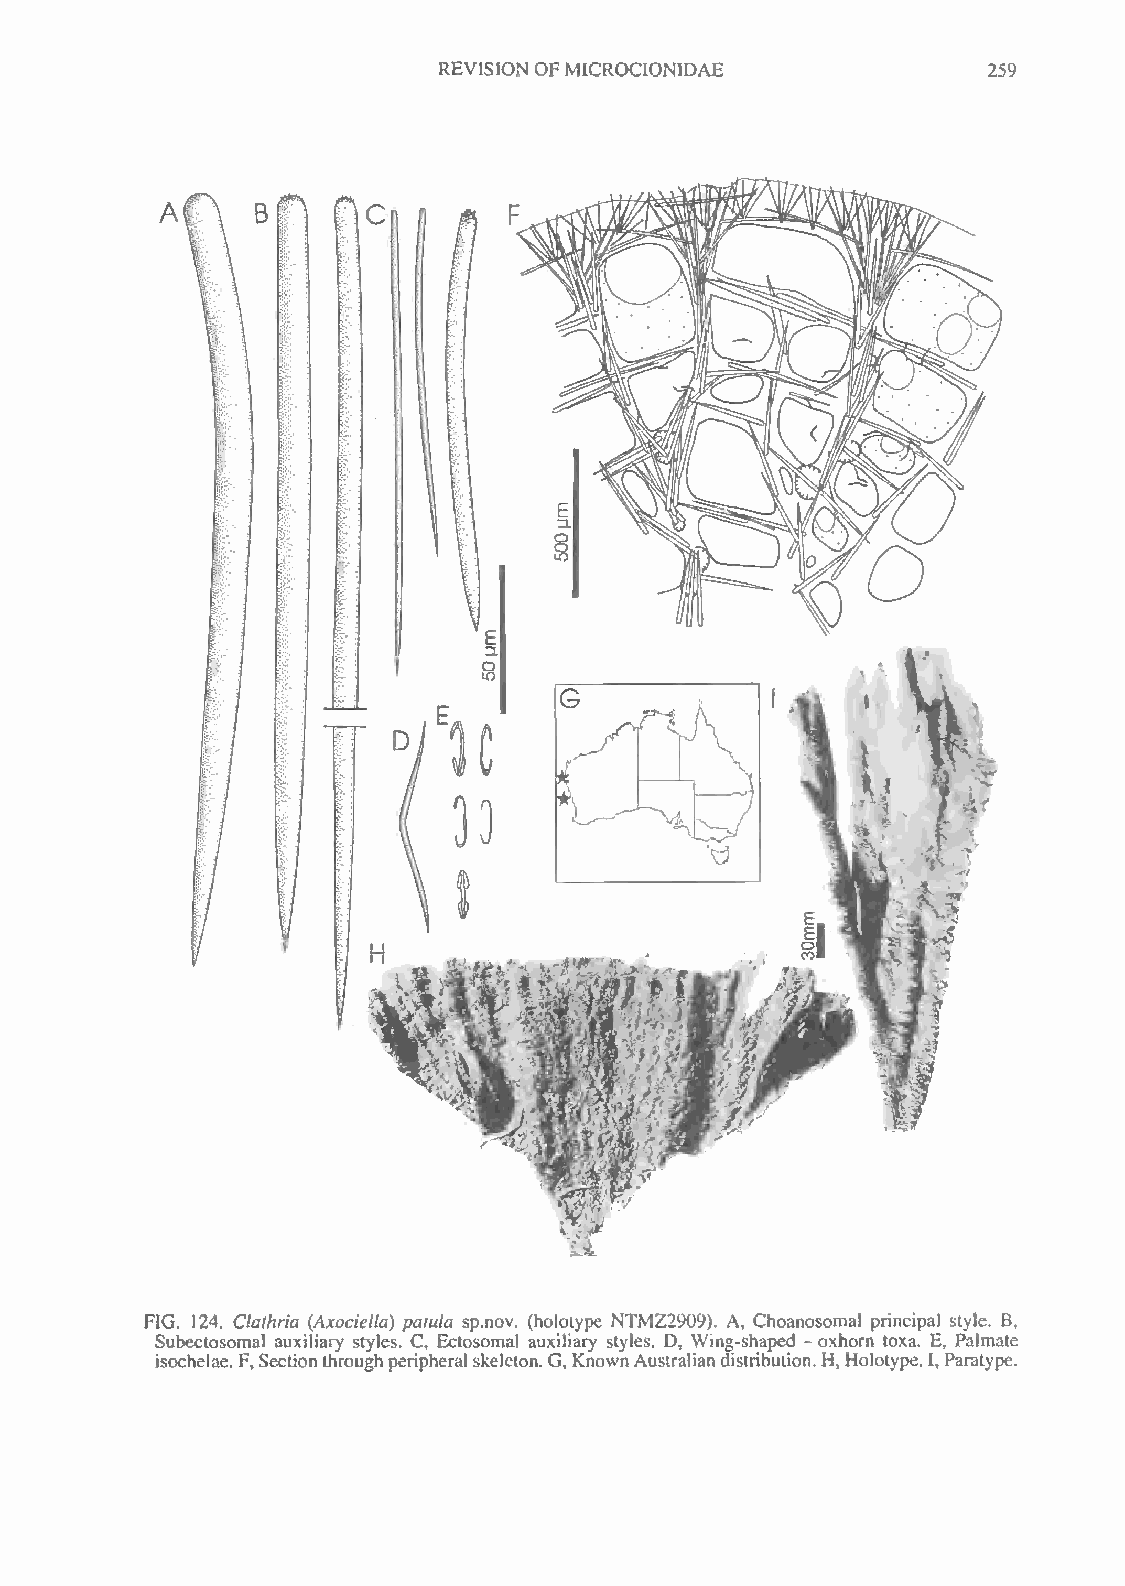
REVISIONOFMICROCIONIDAE             259
 FIG. 124. Clathria (Axociella) patula sp.nov. (holotype NTMZ2909). A, Choanosomal principal style. B,
 Subectosomal auxiliary styles. C, Ectosomal auxiliary styles. D, Wing-shaped - oxhorn toxa. E, Palmate
 isochelae. F,Sectionthroughperipheralskeleton. G, KnownAustraliandistribution.H,Holotype. I, Paratype.